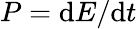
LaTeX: P=\mathrm{d}E/\mathrm{d}t